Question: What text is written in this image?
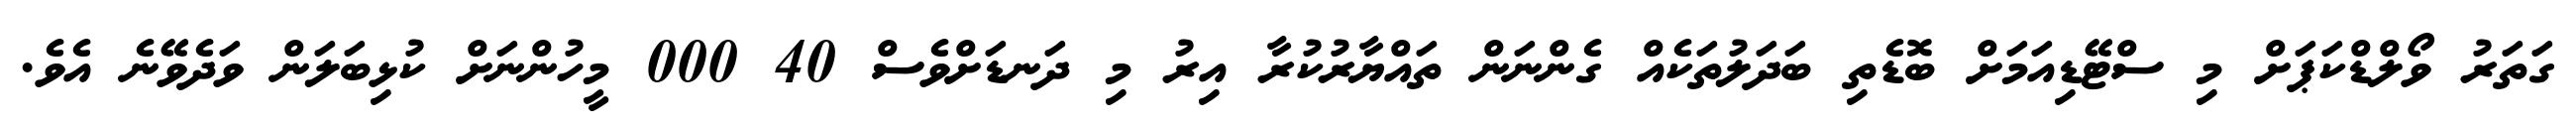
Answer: ގަތަރު ވޯލްޑްކަޕަށް މި ސްޓޭޑިއަމަށް ބޮޑެތި ބަދަލުތަކެއް ގެންނަން ތައްޔާރުކުރާ އިރު މި ދަނޑަށްވެސް 40 000 މީހުންނަށް ކުޅިބަލަން ވަދެވޭނެ އެވެ.